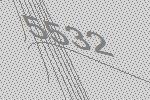
5532